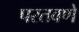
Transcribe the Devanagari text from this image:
परतवणे